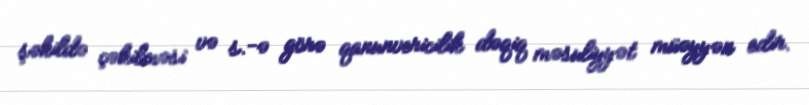
şəkildə çəkilməsi və s.-ə görə qanunvericilik dəqiq məsuliyyət müəyyən edir.